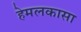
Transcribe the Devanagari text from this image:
हेमलकासा